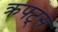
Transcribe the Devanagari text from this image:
क्रफ्ट्स